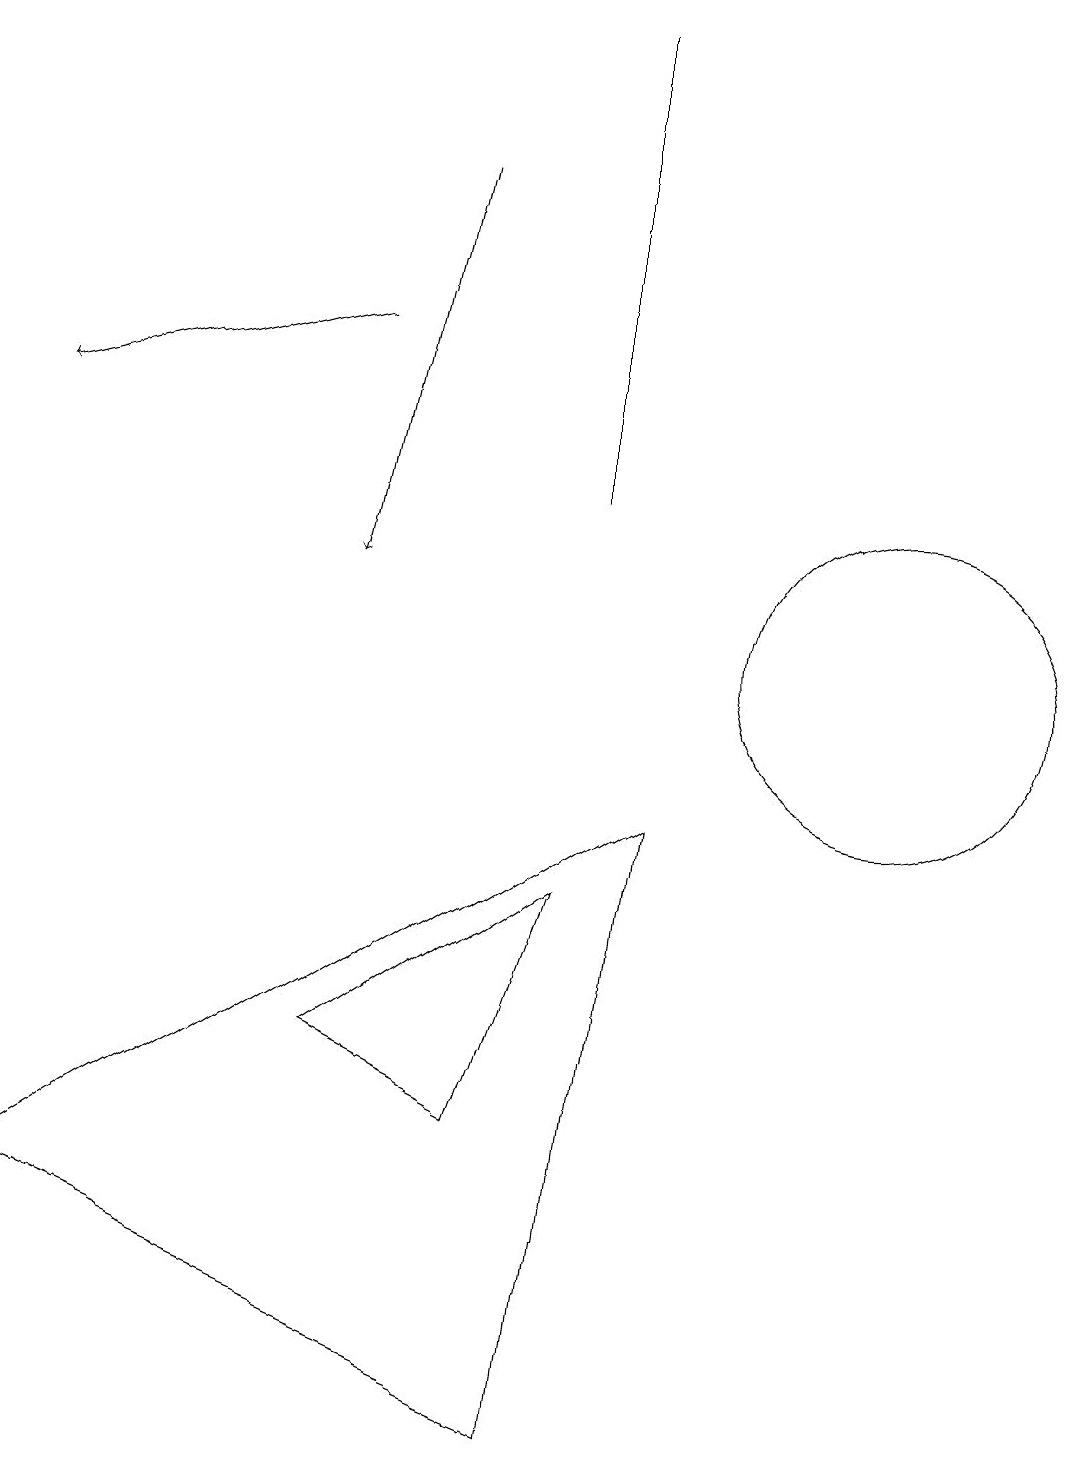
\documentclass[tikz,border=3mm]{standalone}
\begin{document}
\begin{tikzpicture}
\draw[->] (6,16) -- (5,11);
\draw (8,0) -- (1,3) -- (9,8) -- cycle;
\draw[->] (5,14) -- (1,13);
\draw (8,12) rectangle (8,18);
\draw (8,7) -- (7,4) -- (5,5) -- cycle;
\draw (12,10) circle (2);
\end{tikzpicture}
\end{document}